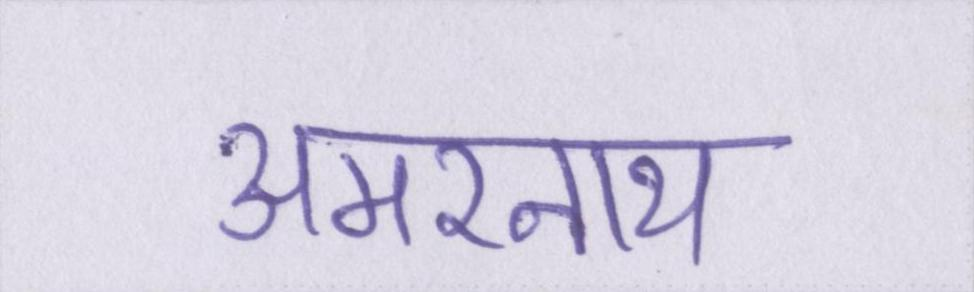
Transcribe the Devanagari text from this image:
अमरनाथ